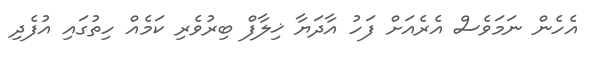
އެހެން ނަމަވެސް އެރެއަށް ފަހު އާދަޔާ ޚިލާފް ބިރުވެރި ކަމެއް ހިތުގައި އުފެދި